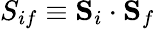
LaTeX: {S}_{if}\equiv{\mathbf S}_{i}\cdot{\mathbf S}_{f}